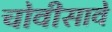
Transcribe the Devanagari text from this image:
चोवीसावे